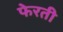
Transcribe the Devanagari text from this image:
फेरती